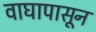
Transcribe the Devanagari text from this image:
वाघापासून